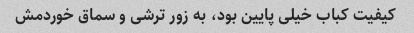
کیفیت کباب خیلی پایین بود، به زور ترشی و سماق خوردمش